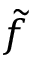
\tilde { f }